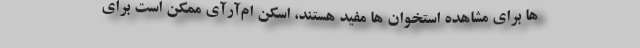
ها برای مشاهده استخوان ها مفید هستند، اسکن ام‌آر‌آی ممکن است برای